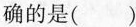
确的是( )